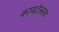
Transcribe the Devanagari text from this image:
कायटेलला